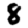
Digit: 8